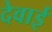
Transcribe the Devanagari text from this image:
देवाई